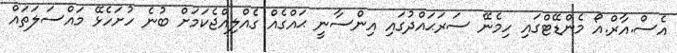
އެސް.އާރް.އޯ މެންޑޭޓްގައި ހިމެނޭ ސަރަޙައްދުގައި އިންސާނީ ޙައްގެއް ގެއްލިއްޖެކަމަށް ބުނެ ހުށަހެޅޭ މައްސަލަތައް